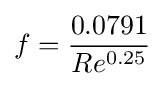
f={\frac {0.0791}{Re^{0.25}}}